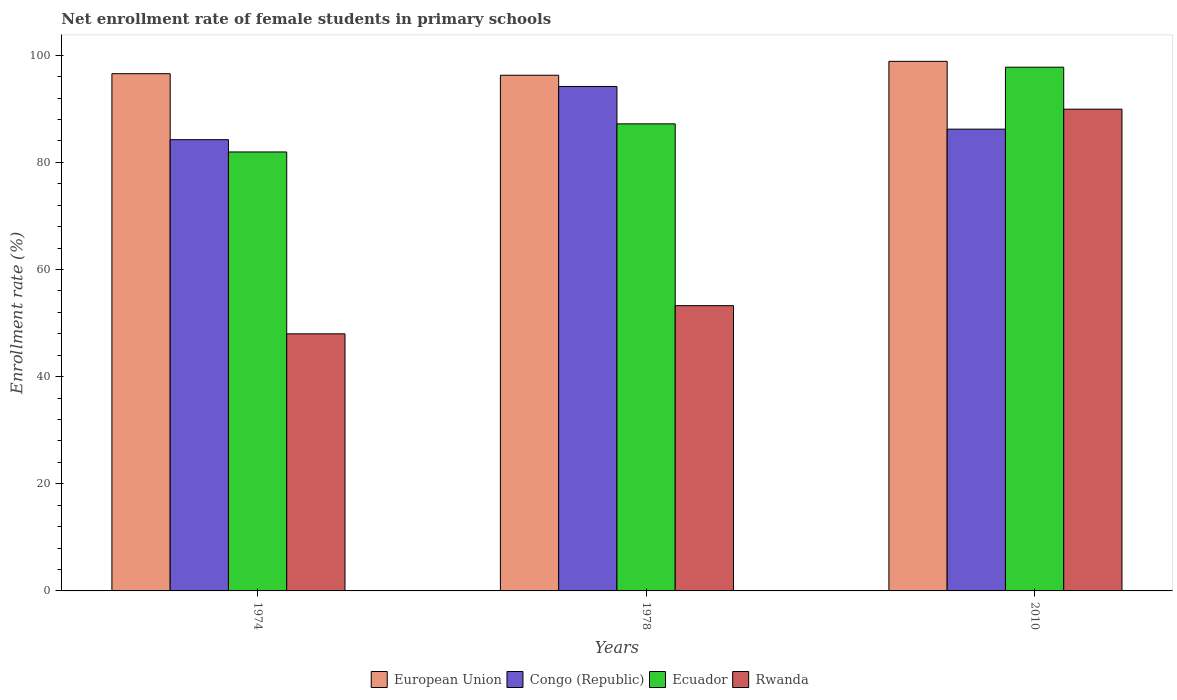
| Years | European Union | Congo (Republic) | Ecuador | Rwanda |
 | --- | --- | --- | --- | --- |
 | 1974 | 96.6 | 84.2 | 81.9 | 48 |
 | 1978 | 96.3 | 94.2 | 87.2 | 53.2 |
 | 2010 | 98.9 | 86.2 | 97.8 | 89.9 |